Vaccination United Provinces of Agra and Oudh 1902-1913 - 1902-1913
Year: 1902
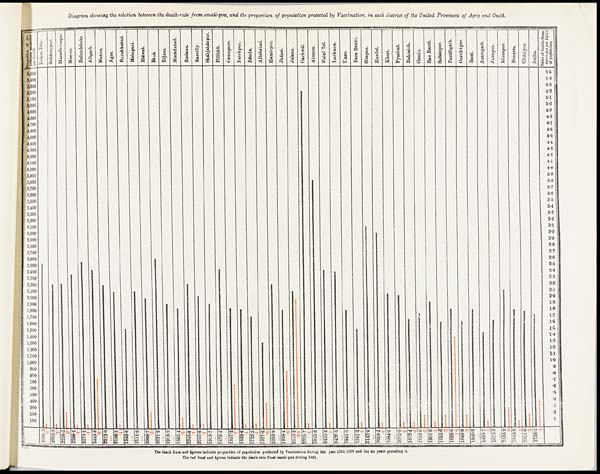
Diagram showing the relation between the death-rate from small-pox, and the proportion of population protected by Vaccination in, each district of the United Provinces of Agra and Oudh.
The black lines and figures indicate proportion of population protected by Vaccination during the year 1901-1902 and the six years preceding it.
The red lines and figures indicate the death-rate from small-pox during 1901.